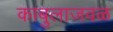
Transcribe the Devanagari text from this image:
काबुलाजवळ